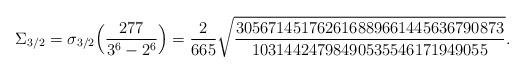
LaTeX: \begin{align*}\Sigma_{3/2}&= \sigma_{3/2}\Bigl(\frac{277}{3^6-2^6}\Bigr)=\frac{2}{665}\sqrt{\frac{305671451762616889661445636790873}{10314424798490535546171949055}}.\end{align*}